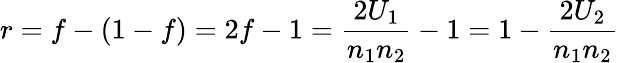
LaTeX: r=f-(1-f)=2f-1={\frac{2U_{1}}{n_{1}n_{2}}}-1=1-{\frac{2U_{2}}{n_{1}n_{2}}}